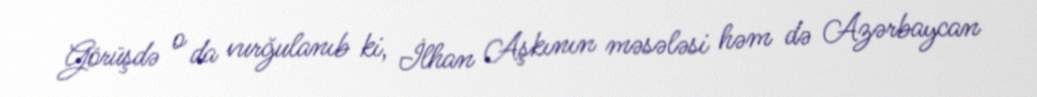
Görüşdə o da vurğulanıb ki, İlhan Aşkının məsələsi həm də Azərbaycan